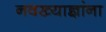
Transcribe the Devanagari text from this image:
नवख्याज्ञांना